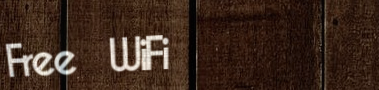
Free WiFi